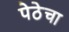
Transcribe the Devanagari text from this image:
पेठेचा